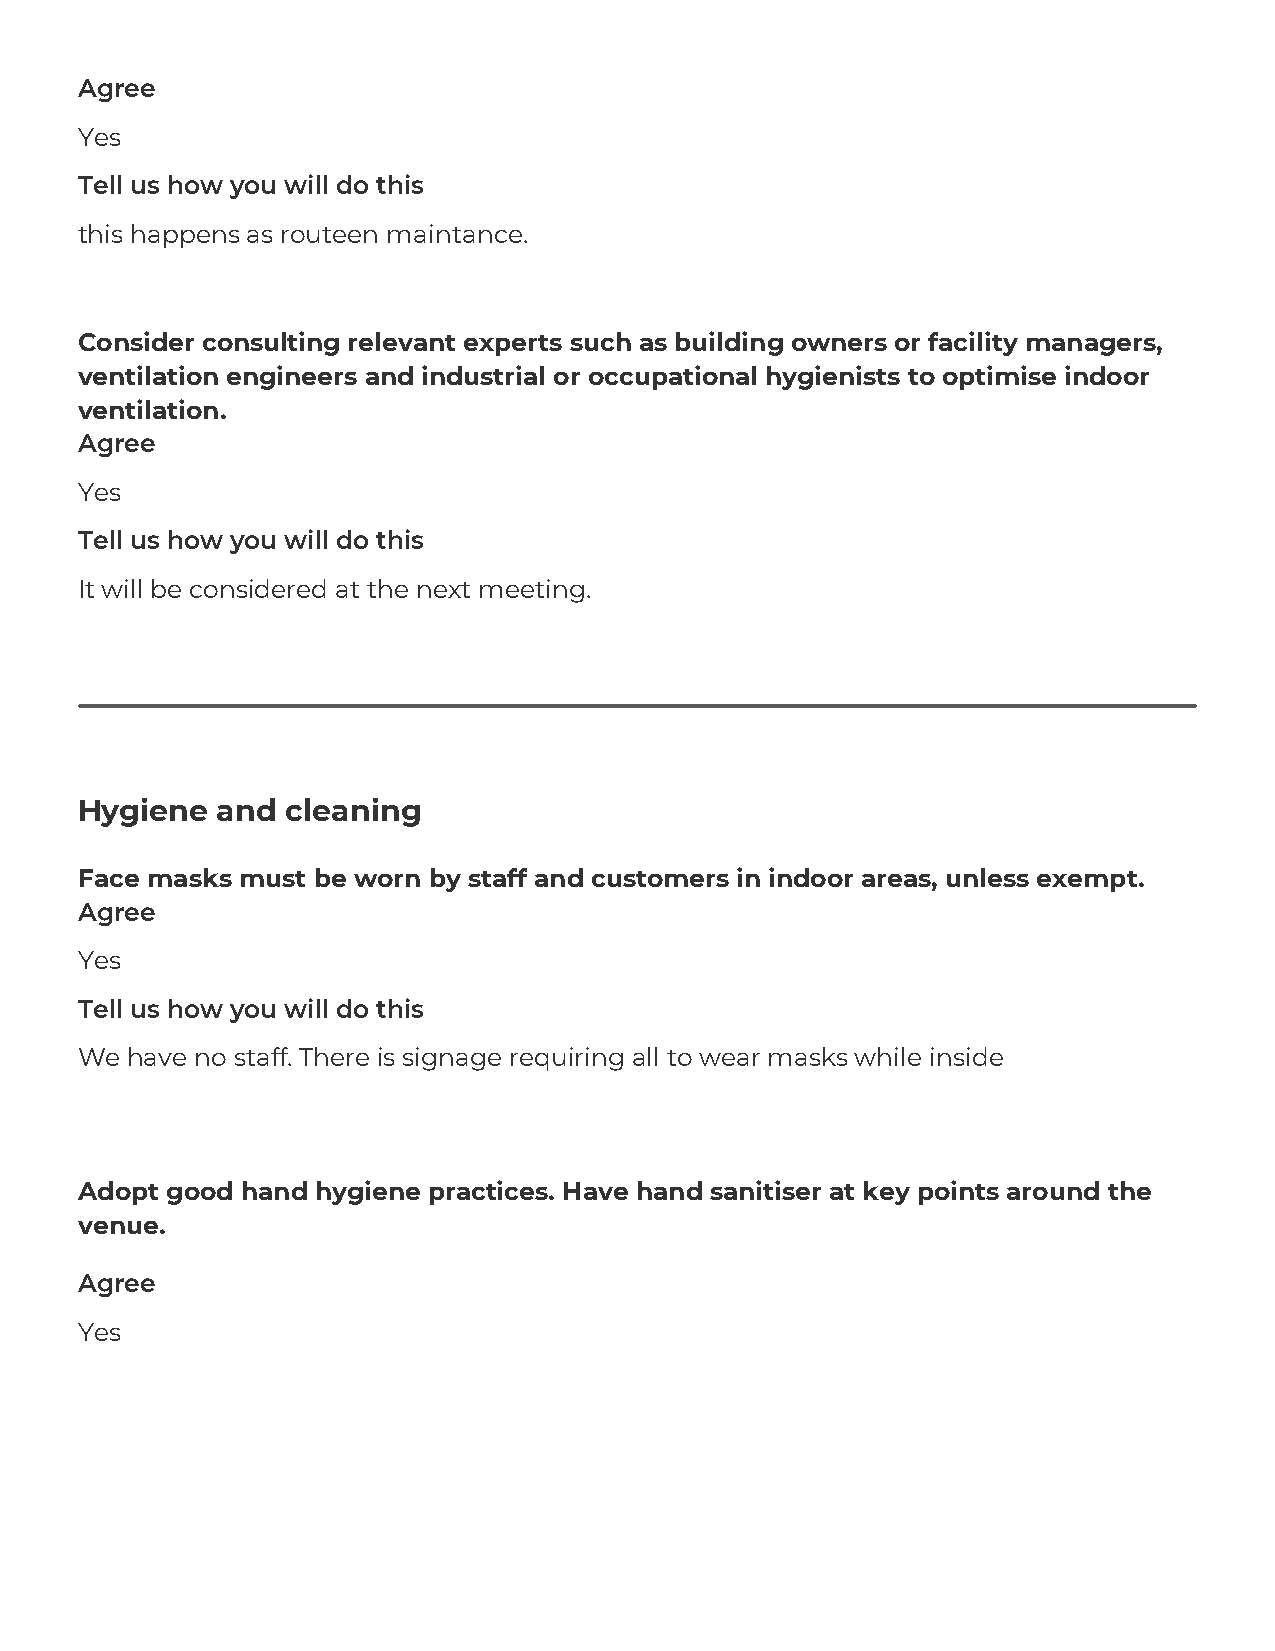
Agree
 Yes
 Tell us how you will do this
 this happens as routeen maintance.
 Consider consulting relevant experts such as building owners or facility managers,
 ventilation engineers and industrial or occupational hygienists to optimise indoor
 ventilation.
 Agree
 Yes
 Tell us how you will do this
 It will be considered at the next meeting.
 Hygiene  and  cleaning
 Face masks must be worn by staff and customers in indoor areas, unless exempt.
 Agree
 Yes
 Tell us how you will do this
 We have no staff. There is signage requiring all to wear masks while inside
 Adopt good hand hygiene practices. Have hand sanitiser at key points around the
 venue.
 Agree
 Yes